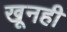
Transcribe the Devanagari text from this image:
खूनही